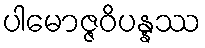
ပါမောဇ္ဇဝိပန္နဿ